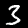
Label: 3